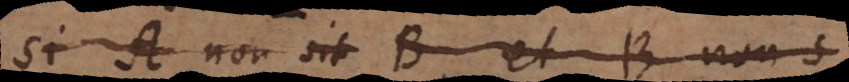
Si A non sit B, et B non s